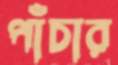
পাঁচার